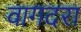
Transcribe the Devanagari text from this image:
वागदरा